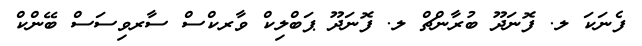
ފެނަކަ ލ. ފޮނަދޫ ބުރާންޗް ލ. ފޮނަދޫ ޕަބްލިކް ވާރކްސް ސާރވިސަސް ބޭންކް